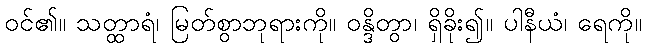
ဝင်၏။ သတ္ထာရံ၊ မြတ်စွာဘုရားကို။ ဝန္ဒိတွာ၊ ရှိခိုး၍။ ပါနီယံ၊ ရေကို။